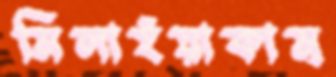
মিলাইয়াকাম্